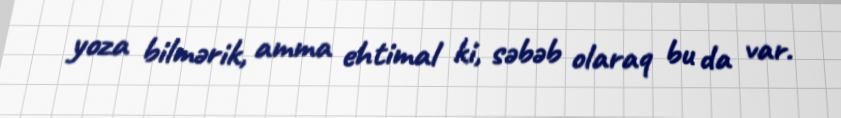
yoza bilmərik, amma ehtimal ki, səbəb olaraq bu da var.